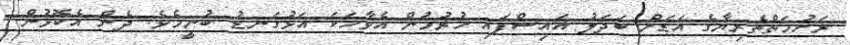
ރަހުމަތްތެރިޔާގެ އަޑަށް ބަދަލު އައިސްފައި ހުރުމުން އެވާހަކަ އަޅުގަނޑު ބުނީމެވެ. ދެން އެކޮޅުން